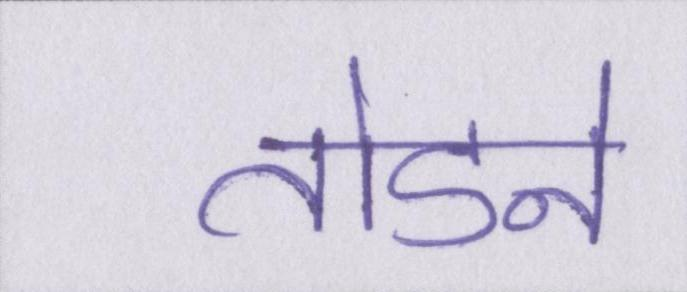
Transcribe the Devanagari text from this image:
तोडने